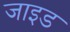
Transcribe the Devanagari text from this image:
जाइड